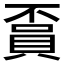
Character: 𧶏